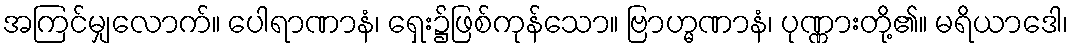
အကြင်မျှလောက်။ ပေါရာဏာနံ၊ ရှေး၌ဖြစ်ကုန်သော။ ဗြာဟ္မဏာနံ၊ ပုဏ္ဏားတို့၏။ မရိယာဒေါ၊